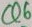
Text: Q6